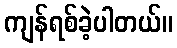
ကျန်ရစ်ခဲ့ပါတယ်။